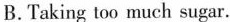
B.Taking too much sugar.